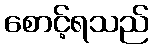
စောင့်ရသည်